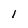
Character: l